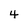
Character: 4